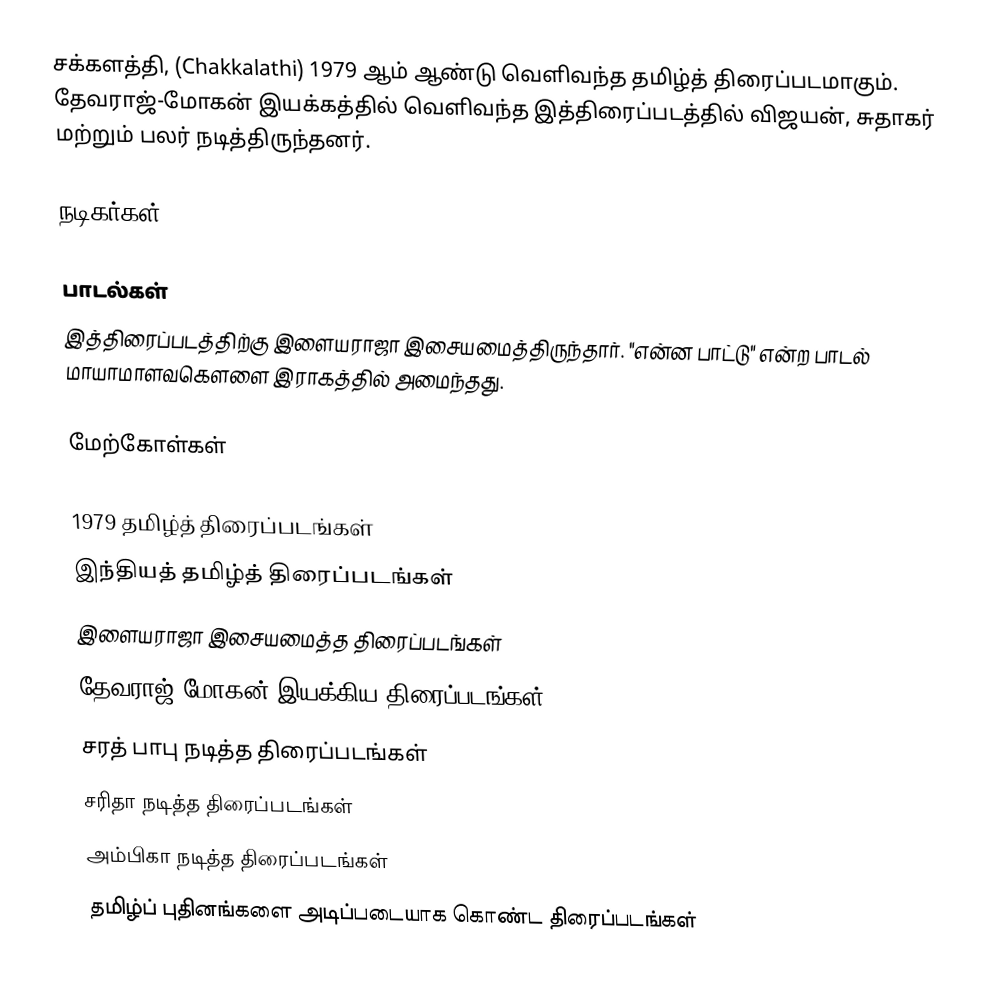
சக்களத்தி, (Chakkalathi) 1979 ஆம் ஆண்டு வெளிவந்த தமிழ்த் திரைப்படமாகும். தேவராஜ்-மோகன் இயக்கத்தில் வெளிவந்த இத்திரைப்படத்தில் விஜயன், சுதாகர் மற்றும் பலர் நடித்திருந்தனர்.

நடிகர்கள்

பாடல்கள்
இத்திரைப்படத்திற்கு இளையராஜா இசையமைத்திருந்தார். "என்ன பாட்டு" என்ற பாடல் மாயாமாளவகௌளை இராகத்தில் அமைந்தது.

மேற்கோள்கள்

1979 தமிழ்த் திரைப்படங்கள்
இந்தியத் தமிழ்த் திரைப்படங்கள்
இளையராஜா இசையமைத்த திரைப்படங்கள்
தேவராஜ்-மோகன் இயக்கிய திரைப்படங்கள்
சரத் பாபு நடித்த திரைப்படங்கள்
சரிதா நடித்த திரைப்படங்கள்
அம்பிகா நடித்த திரைப்படங்கள்
தமிழ்ப் புதினங்களை அடிப்படையாக கொண்ட திரைப்படங்கள்